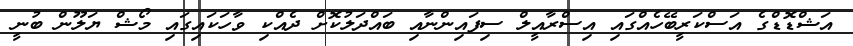
އަޝްޑޮޑްގެ އަސްކަރީބޭހެއްގައި އިސްރާއީލް ސިފައިންނާއި ބައްދަލުކޮށް ދެއްކި ވާހަކައިގައި މޯޝް ޔަލޫން ބުނީ